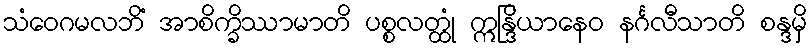
သံဝေဂမလဘိံ အာစိက္ခိဿာမာတိ ပစ္စလတ္ထုံ ဣန္ဒြိယာနေဝ နင်္ဂလီသာတိ စန္ဒမှိ